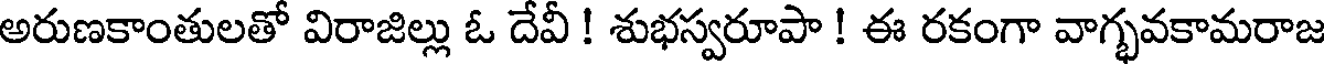
అరుణకాంతులతో విరాజిల్లు ఓ దేవీ ! శుభస్వరూపా ! ఈ రకంగా వాగ్భవకామరాజ